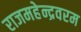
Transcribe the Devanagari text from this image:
राजमहेन्द्रवरम